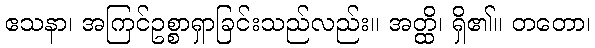
ဧသနာ၊ အကြင်ဥစ္စာရှာခြင်းသည်လည်း။ အတ္ထိ၊ ရှိ၏။ တတော၊